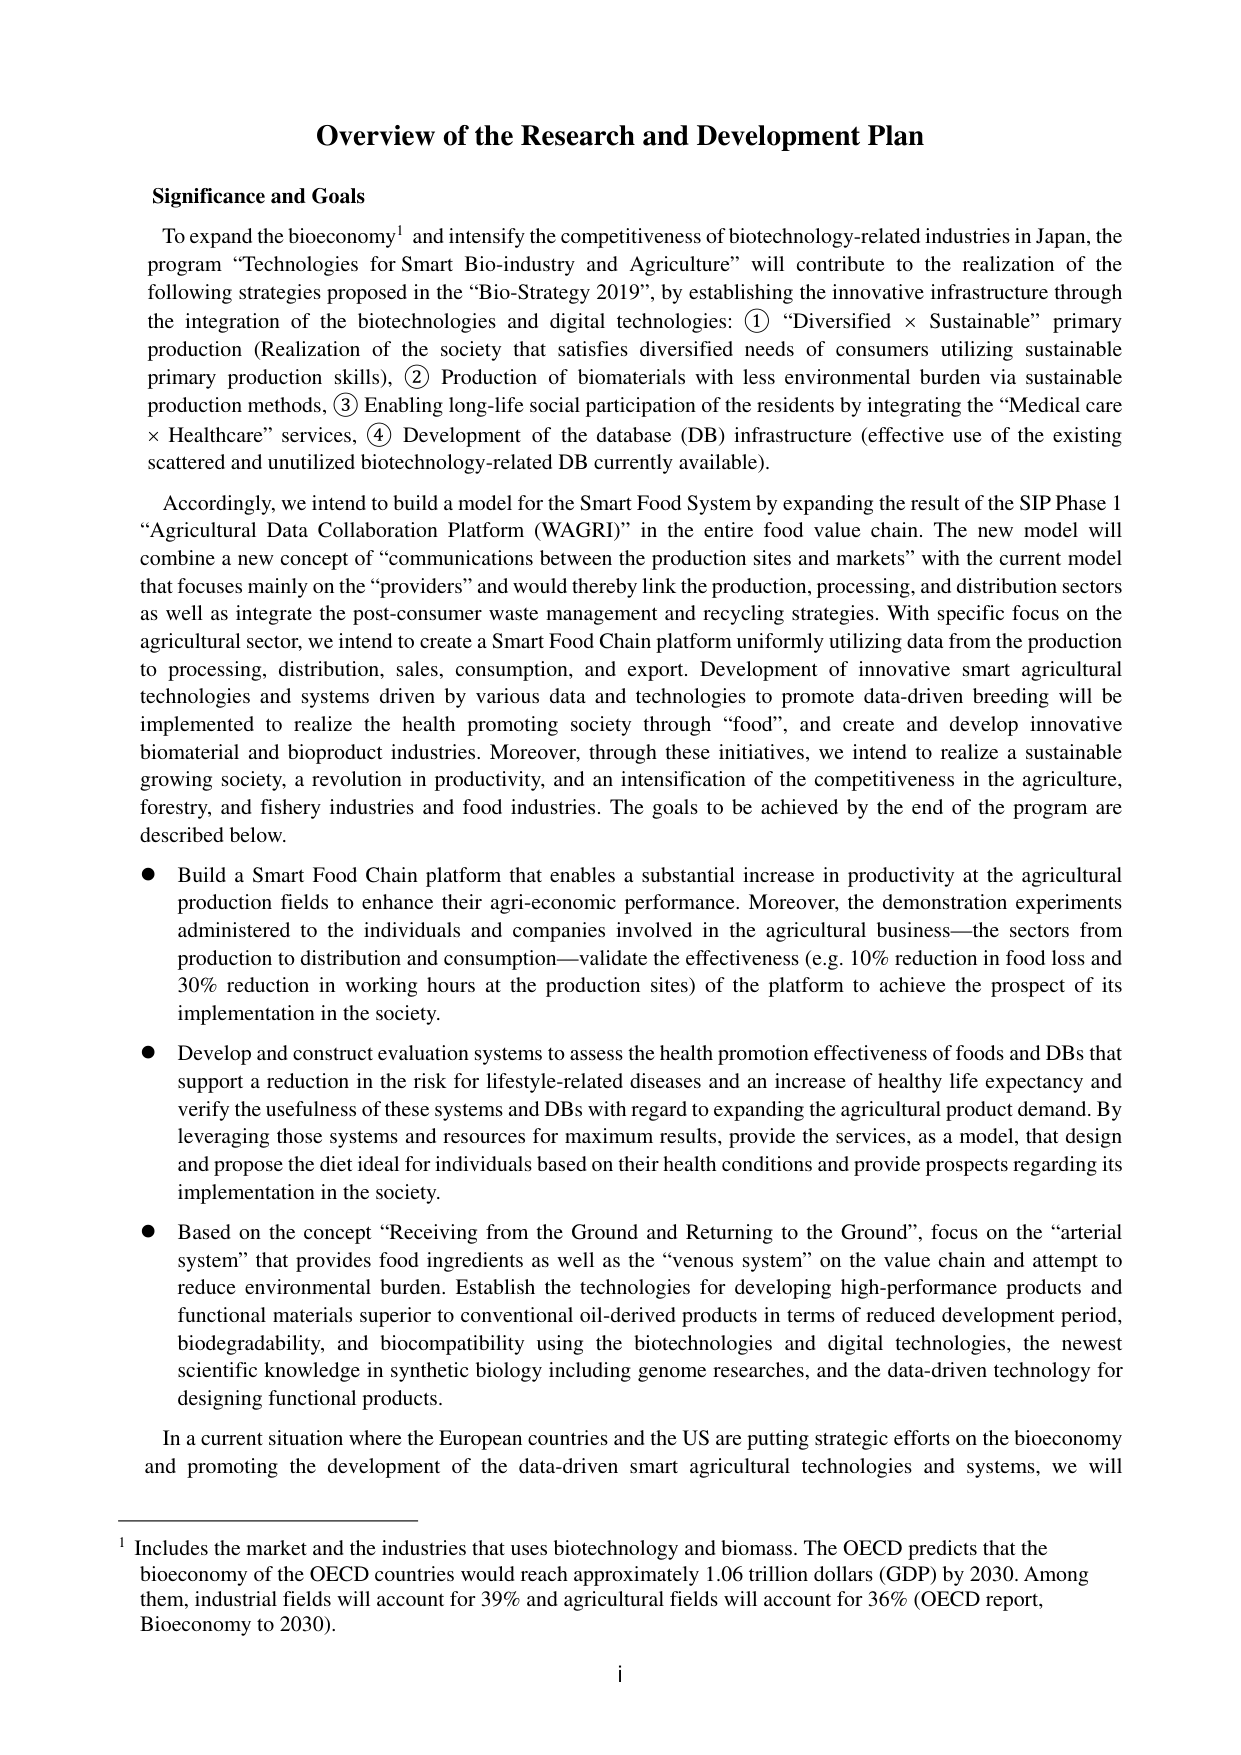
Overview of the Research and Development Plan

Significance and Goals

To expand the bioeconomy¹ and intensify the competitiveness of biotechnology-related industries in Japan, the program “Technologies for Smart Bio-industry and Agriculture” will contribute to the realization of the following strategies proposed in the “Bio-Strategy 2019”, by establishing the innovative infrastructure through the integration of the biotechnologies and digital technologies: ① “Diversified × Sustainable” primary production (Realization of the society that satisfies diversified needs of consumers utilizing sustainable primary production skills), ② Production of biomaterials with less environmental burden via sustainable production methods, ③ Enabling long-life social participation of the residents by integrating the “Medical care × Healthcare” services, ④ Development of the database (DB) infrastructure (effective use of the existing scattered and unutilized biotechnology-related DB currently available).

Accordingly, we intend to build a model for the Smart Food System by expanding the result of the SIP Phase 1 “Agricultural Data Collaboration Platform (WAGRI)” in the entire food value chain. The new model will combine a new concept of “communications between the production sites and markets” with the current model that focuses mainly on the “providers” and would thereby link the production, processing, and distribution sectors as well as integrate the post-consumer waste management and recycling strategies. With specific focus on the agricultural sector, we intend to create a Smart Food Chain platform uniformly utilizing data from the production to processing, distribution, sales, consumption, and export. Development of innovative smart agricultural technologies and systems driven by various data and technologies to promote data-driven breeding will be implemented to realize the health promoting society through “food”, and create and develop innovative biomaterial and bioproduct industries. Moreover, through these initiatives, we intend to realize a sustainable growing society, a revolution in productivity, and an intensification of the competitiveness in the agriculture, forestry, and fishery industries and food industries. The goals to be achieved by the end of the program are described below.

● Build a Smart Food Chain platform that enables a substantial increase in productivity at the agricultural production fields to enhance their agri-economic performance. Moreover, the demonstration experiments administered to the individuals and companies involved in the agricultural business—the sectors from production to distribution and consumption—validate the effectiveness (e.g. 10% reduction in food loss and 30% reduction in working hours at the production sites) of the platform to achieve the prospect of its implementation in the society.

● Develop and construct evaluation systems to assess the health promotion effectiveness of foods and DBs that support a reduction in the risk for lifestyle-related diseases and an increase of healthy life expectancy and verify the usefulness of these systems and DBs with regard to expanding the agricultural product demand. By leveraging those systems and resources for maximum results, provide the services, as a model, that design and propose the diet ideal for individuals based on their health conditions and provide prospects regarding its implementation in the society.

● Based on the concept “Receiving from the Ground and Returning to the Ground”, focus on the “arterial system” that provides food ingredients as well as the “venous system” on the value chain and attempt to reduce environmental burden. Establish the technologies for developing high-performance products and functional materials superior to conventional oil-derived products in terms of reduced development period, biodegradability, and biocompatibility using the biotechnologies and digital technologies, the newest scientific knowledge in synthetic biology including genome researches, and the data-driven technology for designing functional products.

In a current situation where the European countries and the US are putting strategic efforts on the bioeconomy and promoting the development of the data-driven smart agricultural technologies and systems, we will

¹ Includes the market and the industries that uses biotechnology and biomass. The OECD predicts that the bioeconomy of the OECD countries would reach approximately 1.06 trillion dollars (GDP) by 2030. Among them, industrial fields will account for 39% and agricultural fields will account for 36% (OECD report, Bioeconomy to 2030).

i